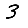
Digit: 3